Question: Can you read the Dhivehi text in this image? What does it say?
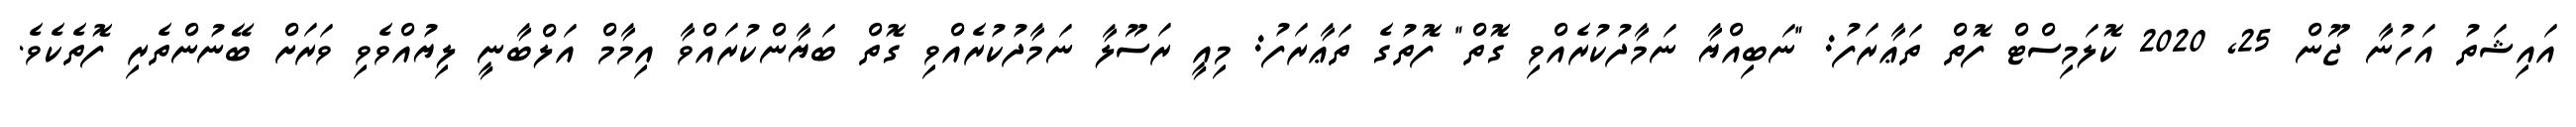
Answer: އައިޝަތު އަހުނާ ޖޫން 25, 2020 ކޮލަމިސްޓް ފޮތް ތަޢާރަފު: "ނަބިއްޔާ ނަމާދުކުރެއްވި ގޮތް" ފޮތުގެ ތަޢާރަފު: މިއީ ރަސޫލާ ނަމާދުކުރެއްވި ގޮތް ބަޔާންކުރައްވާ އިމާމް އަލްބާނީ ލިޔުއްވެވި ވަރަށް ބޭނުންތެރި ފޮތެކެވެ.